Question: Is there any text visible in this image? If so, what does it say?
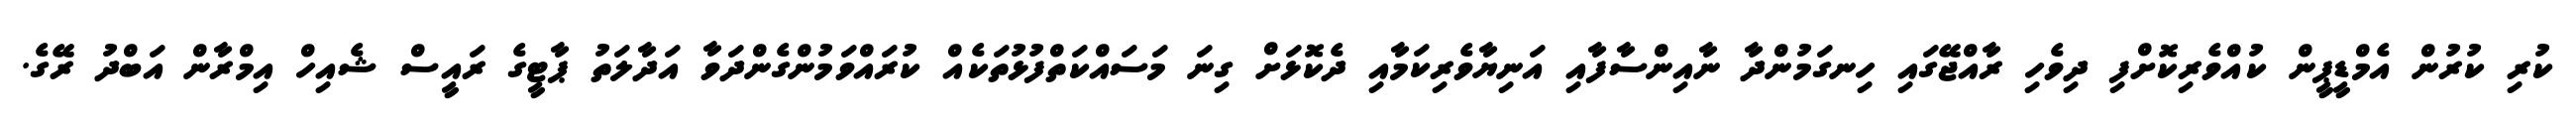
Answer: ކުރި ކުރުން އެމްޑީޕީން ކުއްވެރިކޮށްފި ދިވެހި ރާއްޖޭގައި ހިނގަމުންދާ ނާއިންސާފާއި އަނިޔާވެރިކަމާއި ދެކޮޅަށް ގިނަ މަސައްކަތްފުޅުތަކެއް ކުރައްވަމުންގެންދަވާ އަދާލަތު ޕާޓީގެ ރައީސް ޝެއިހް އިމްރާން އަބްދު ރޭގެ.